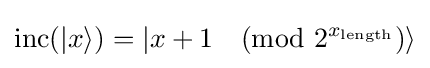
\mathrm {inc} (|x\rangle )=|x+1{\pmod {2^{x_{\text{length}}}}}\rangle